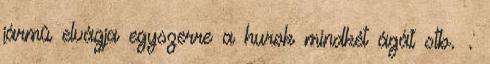
jármû elvágja egyszerre a hurok mindkét ágát stb. .